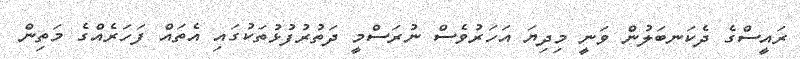
ރައީސްގެ ދެކަނބަލުން ވަނީ މިދިޔަ އަހަރުވެސް ނުރަސްމީ ދަތުރުފުޅުތަކުގައި އެތައް ފަހަރެއްގެ މަތިން